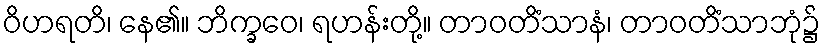
ဝိဟရတိ၊ နေ၏။ ဘိက္ခဝေ၊ ရဟန်းတို့။ တာဝတိံသာနံ၊ တာဝတိံသာဘုံ၌